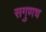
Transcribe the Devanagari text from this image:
सगुणच